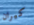
كيران